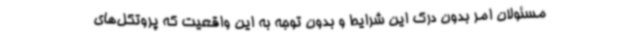
مسئولان امر بدون درک این شرایط و بدون توجه به این واقعیت که پروتکل‌های